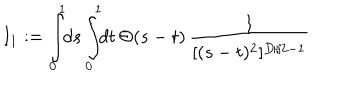
LaTeX: I _ { 1 } : = \int _ { 0 } ^ { 1 } \! \! d s \int _ { 0 } ^ { 1 } \! \! d t \, \Theta ( s - t ) \, { \frac { 1 } { [ ( s - t ) ^ { 2 } ] ^ { D / 2 - 1 } } }